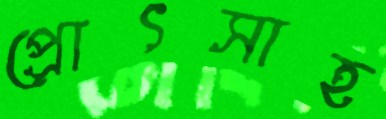
প্রোৎসাহ